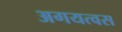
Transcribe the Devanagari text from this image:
अगयत्वस